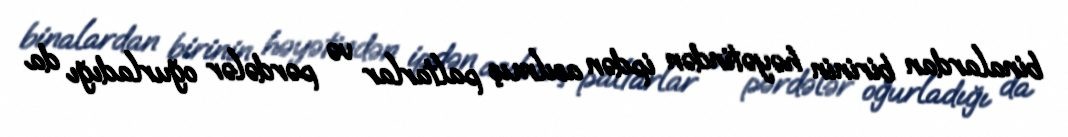
binalardan birinin həyətindən ipdən asılmış paltarlar və pərdələr oğurladığı da